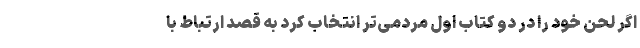
اگر لحن خود را در دو کتاب اول مردمی‌تر انتخاب کرد به قصد ارتباط با